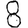
Digit: 8